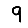
Digit: 9